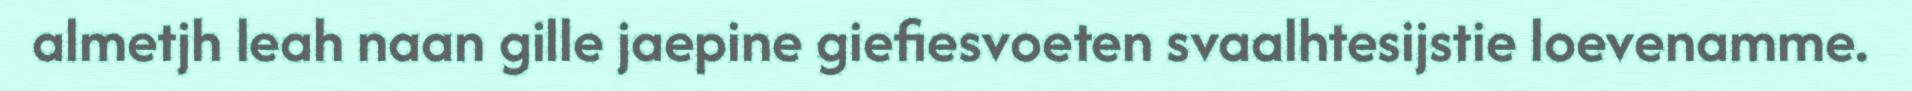
almetjh leah naan gille jaepine giefiesvoeten svaalhtesijstie loevenamme.